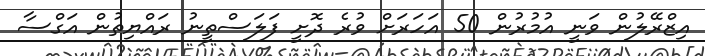
އިޒްރޭލުން ވަނީ އުމުރުން 50 އަހަރަށް ވުރެ ދޮށީ ފަލަސްތީނު ރައްޔިތުން އަގްސާ